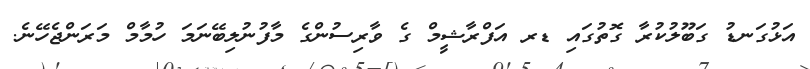
އަޅުގަނޑު ގަބޫލުކުރާ ގޮތުގައި ޑރ އަފްރާޝީމް ގެ ވާރިސުންގެ މާފުނުލިބޭނަމަ ހުމާމް މަރަންޖެހޭނެ.